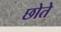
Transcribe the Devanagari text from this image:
छोते